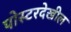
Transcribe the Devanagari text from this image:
पोस्टरदेखील